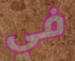
في